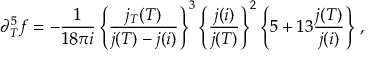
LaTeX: \partial _ { T } ^ { 5 } f = - \frac { 1 } { 1 8 \pi i } \left\{ \frac { j _ { T } ( T ) } { j ( T ) - j ( i ) } \right\} ^ { 3 } \left\{ \frac { j ( i ) } { j ( T ) } \right\} ^ { 2 } \left\{ 5 + 1 3 \frac { j ( T ) } { j ( i ) } \right\} \, ,